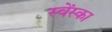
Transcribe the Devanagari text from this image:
स्वेंस्का